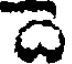
ది